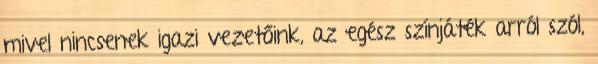
mivel nincsenek igazi vezetőink, az egész színjáték arról szól,